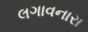
લગાવનારા